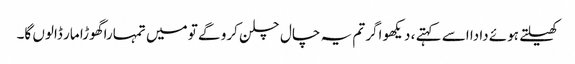
کھیلتے ہوئے دادا اسے کہتے ، دیکھو اگر تم یہ چال چلن کرو گے تو میں تمہارا گھوڑا مار ڈالوں گا۔